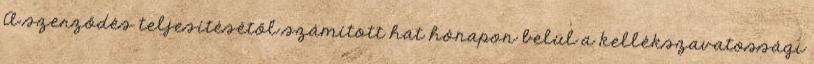
A szerződés teljesítésétől számított hat hónapon belül a kellékszavatossági